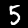
Digit: 5